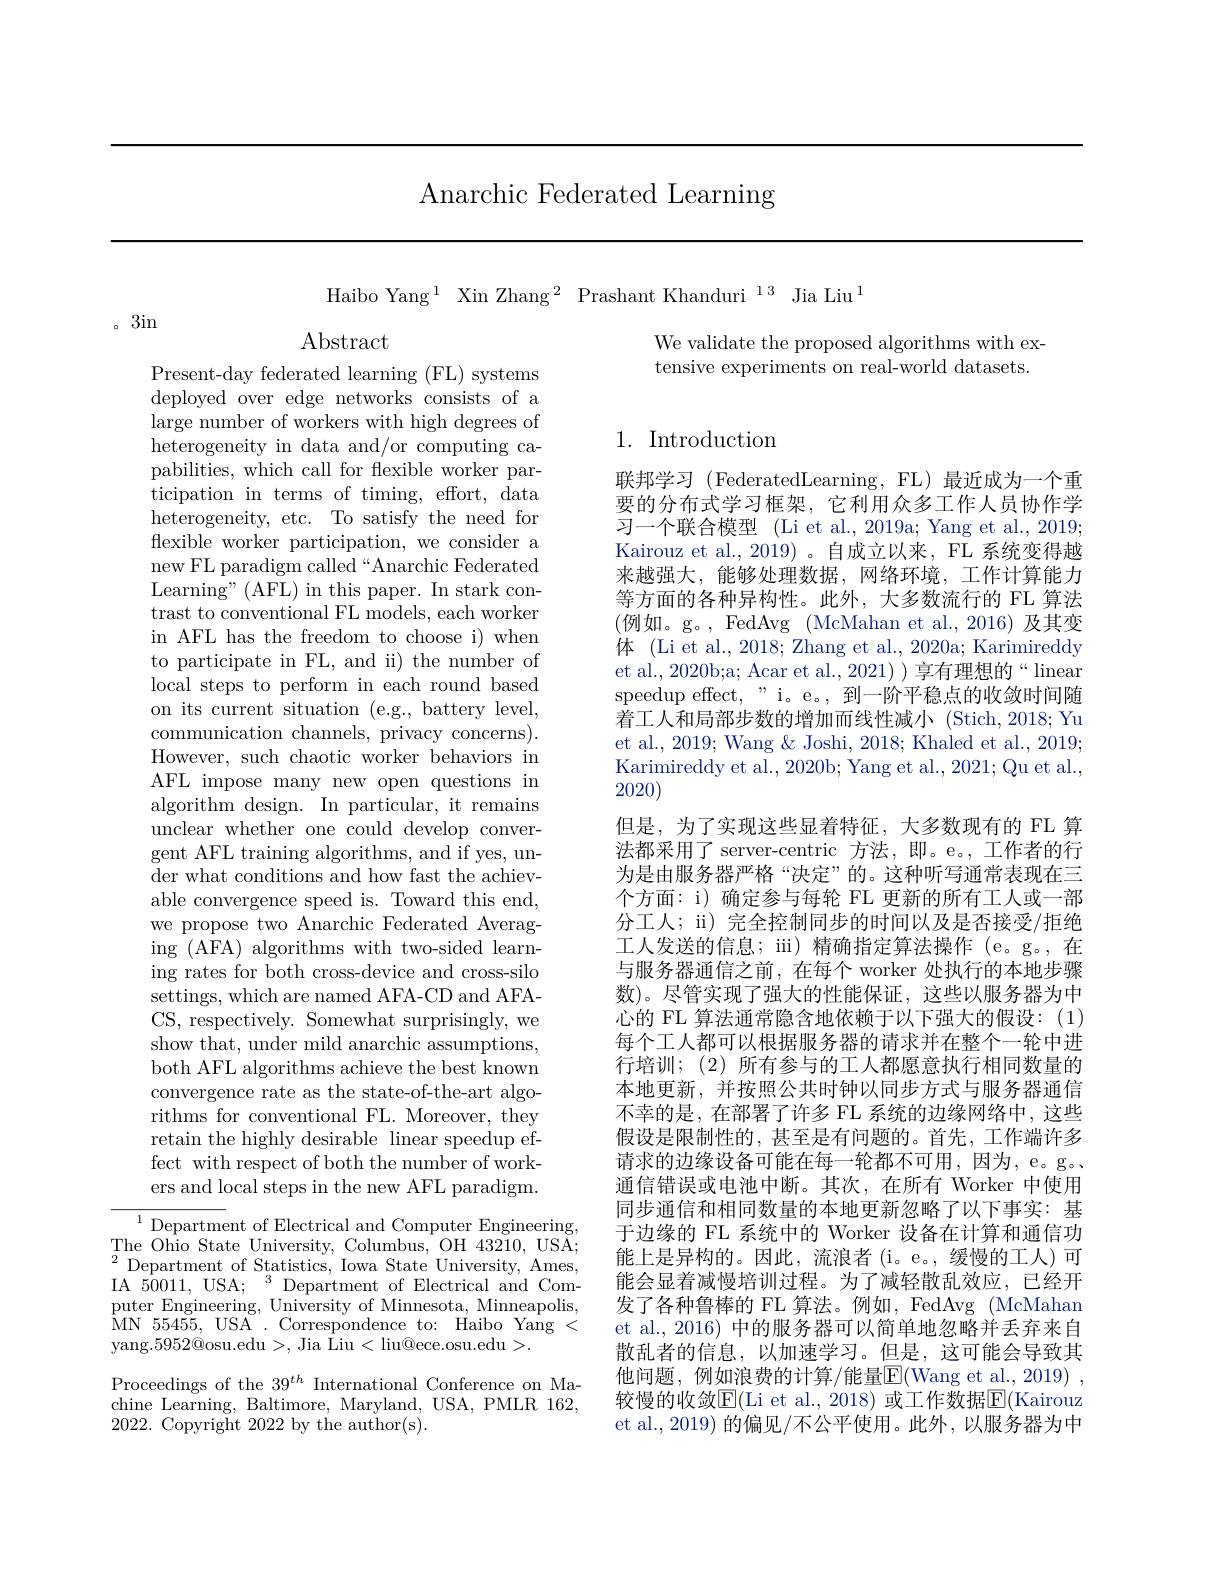
Anarchic Federated Learning

Haibo Yang$^1$ Xin Zhang$^2$ Prashant Khanduri$^{13}$ Jia Liu$^{1}$

。3in

We validate the proposed algorithms with extensive experiments on real-world datasets.

## 1. Introduction

Present-day federated learning (FL) systems deployed over edge networks consists of a large number of workers with high degrees of heterogeneity in data and/or computing capabilities, which call for flexible worker participation in terms of timing, effort, data heterogeneity, etc. To satisfy the need for flexible worker participation, we consider a new FL paradigm called“Anarchic Federated Learning" (AFL) in this paper. In stark contrast to conventional FL models, each worker in AFL has the freedom to choose i) when to participate in FL, and ii) the number of local steps to perform in each round based on its current situation (e.g., battery level, communication channels, privacy concerns). However, such chaotic worker behaviors in AFL impose many new open questions in algorithm design. In particular, it remains unclear whether one could develop convergent AFL training algorithms, and if yes, under what conditions and how fast the achievable convergence speed is. Toward this end, we propose two Anarchic Federated Averaging (AFA) algorithms with two-sided learning rates for both cross-device and cross-silo settings, which are named AFA-CD and AFACS, respectively. Somewhat surprisingly, we show that, under mild anarchic assumptions, both AFL algorithms achieve the best known convergence rate as the state-of-the-art algorithms for conventional FL. Moreover, they retain the highly desirable linear speedup effect with respect of both the number of workers and local steps in the new AFL paradigm. ${\overline{{^{1}\text{Department of Electrical and Computer Engineering,}}}}$

联邦学习 (FederatedLearning, FL)最近成为一个重要的分布式学习框架，它利用众多工作人员协作学习一个联合模型 (Li et al., 2019a; Yang et al., 2019; Kairouz et al.,2019)。自成立以来，FL 系统变得越来越强大，能够处理数据，网络环境，工作计算能力等方面的各种异构性。此外，大多数流行的 FL 算法(例如。g。, FedAvg (McMahan et al.,2016)及其变体 (Li et al., 2018; Zhang et al., 2020a; Karimireddy et al. 2020b;a; Acar et al., 2021) ) 享有理想的“ linear speedup effect," i。e。, 到一阶平稳点的收敛时间随着工人和局部步数的增加而线性减小 (Stich,2018;Yu et al., 2019; Wang & Joshi, 2018; Khaled et al., 2019; Karimireddy et al., 2020b; Yang et al., 2021; Qu et al., 2020)
但是，为了实现这些显着特征，大多数现有的 FL 算法都采用了 server-centric 方法，即。e。, 工作者的行为是由服务器严格“决定”的。这种听写通常表现在三个方面：i) 确定参与每轮 FL 更新的所有工人或一部分工人；ii) 完全控制同步的时间以及是否接受/拒绝工人发送的信息；ii) 精确指定算法操作 (e。g。,在与服务器通信之前，在每个 worker 处执行的本地步骤数)。尽管实现了强大的性能保证，这些以服务器为中心的 FL 算法通常隐含地依赖于以下强大的假设：(1) 每个工人都可以根据服务器的请求并在整个一轮中进行培训；(2)所有参与的工人都愿意执行相同数量的本地更新，并按照公共时钟以同步方式与服务器通信不幸的是，在部署了许多 FL 系统的边缘网络中，这些假设是限制性的，甚至是有问题的。首先，工作端许多请求的边缘设备可能在每一轮都不可用，因为，e。g。通信错误或电池中断。其次，在所有 Worker 中使用同步通信和相同数量的本地更新忽略了以下事实：基于边缘的 FL 系统中的 Worker 设备在计算和通信功能上是异构的。因此，流浪者(i。e。,缓慢的工人)可能会显着减慢培训过程。为了减轻散乱效应，已经开发了各种鲁棒的 FL 算法。例如，FedAvg (McMahan et al., 2016) 中的服务器可以简单地忽略并丢弃来自散乱者的信息，以加速学习。但是，这可能会导致其他问题，例如浪费的计算/能量$\mathbb{E}($Wang et al.,2019) , 较慢的收敛$\mathbb{E}($Li et al.,2018)或工作数据$\mathbb{E}($Kairouz et al., 2019) 的偏见/不公平使用。此外，以服务器为中

The Ohio State University, Columbus, OH 43210, USA; $^{2}$Department of Statistics, Iowa State University, Ames, IA 50011, USA; $^3$Department of Electrical and Computer Engineering, University of Minnesota, Minneapolis, $\bar{M}$N 55455, USA . Correspondence to: Haibo Yang < yang.5952@osu.edu>, Jia Liu< liu@ece.osu.edu>.
Proceedings of the $39^th$ International Conference on Machine Learning, Baltimore, Maryland, USA, PMLR 162, 2022. Copyright 2022 by the author(s).